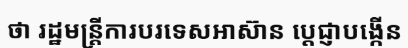
ថា រដ្ឋមន្ត្រីការបរទេសអាស៊ាន ប្តេជ្ញាបង្កើន